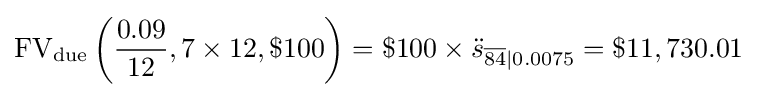
{\text{FV}}_{\text{due}}\left({\frac {0.09}{12}},7\times 12,\$100\right)=\$100\times {\ddot {s}}_{{\overline {84}}|0.0075}=\$11,730.01